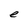
Character: e